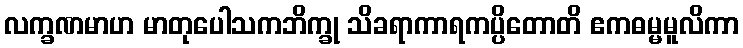
လက္ခဏမာဟ မာတုပေါသကဘိက္ခု သိခရာကာရကပ္ပိတောတိ ဧကဓမ္မမူလိကာ